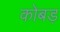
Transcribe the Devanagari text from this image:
कोबड़